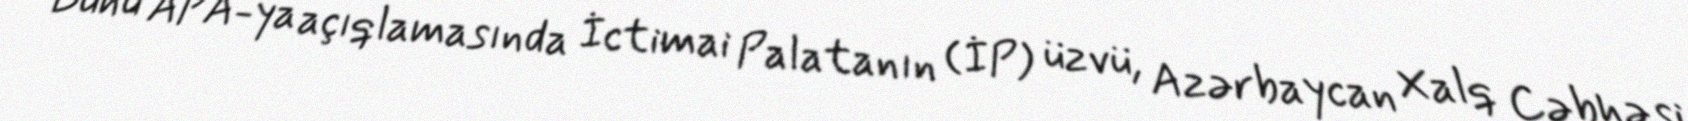
Bunu APA-ya açıqlamasında İctimai Palatanın (İP) üzvü, Azərbaycan Xalq Cəbhəsi